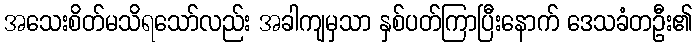
အသေးစိတ်မသိရသော်လည်း အခါကျမှသာ နှစ်ပတ်ကြာပြီးနောက် ဒေသခံတဦး၏